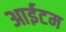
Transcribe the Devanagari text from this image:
आईटम